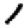
Digit: 1